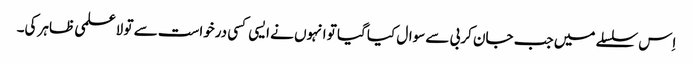
اِس سلسلے میں جب جان کربی سے سوال کیا گیا تو انہوں نے ایسی کسی درخواست سے تو لاعلمی ظاہر کی۔